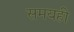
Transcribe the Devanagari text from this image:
समयही